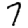
Digit: 7